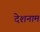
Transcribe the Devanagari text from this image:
देशनाम